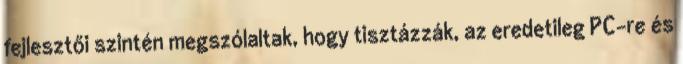
fejlesztői szintén megszólaltak, hogy tisztázzák, az eredetileg PC-re és